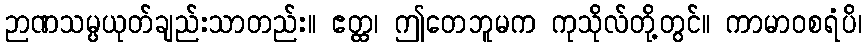
ဉာဏသမ္ပယုတ်ချည်းသာတည်း။ ဧတ္ထ၊ ဤတေဘူမက ကုသိုလ်တို့တွင်။ ကာမာဝစရံပိ၊